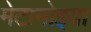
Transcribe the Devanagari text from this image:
मेटानोइया